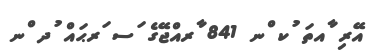
އޭރި ާއތަ ުކ ްނ 841 ާރއްޖޭގެ ަސ ަރޙައް ުދ ްނ